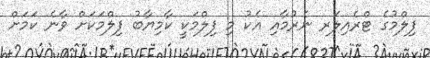
ފިލްމުގެ ޓްރެއިލަރ ނެރުމާއި އެކު މި ފިލްމަކީ ކާމިޔާބު ފިލްމަކަށް ވާނެ ކަމަށް